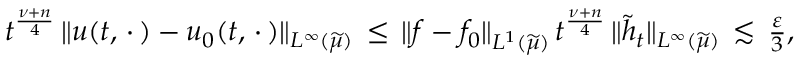
\begin{array} { r } { t ^ { \frac { \nu + n } { 4 } } \, \| u ( t , \, \cdot \, ) - u _ { 0 } ( t , \, \cdot \, ) \| _ { L ^ { \infty } ( \widetilde { \mu } ) } \, \le \, \| f - f _ { 0 } \| _ { L ^ { 1 } ( \widetilde { \mu } ) } \, t ^ { \frac { \nu + n } { 4 } } \, \| \widetilde { h } _ { t } \| _ { L ^ { \infty } ( \widetilde { \mu } ) } \, \lesssim \, \frac { \varepsilon } { 3 } , } \end{array}